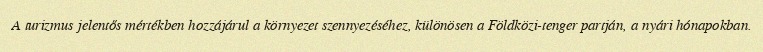
A turizmus jelentős mértékben hozzájárul a környezet szennyezéséhez, különösen a Földközi-tenger partján, a nyári hónapokban.